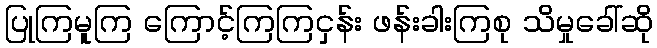
ပြုကြမူကြ ကြောင့်ကြကြငှန်း ဖန်းခါးကြစု သိမှုခေါ်ဆို